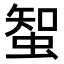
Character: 𧌲